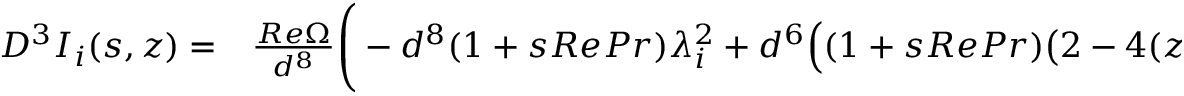
\begin{array} { r l } { D ^ { 3 } I _ { i } ( s , z ) = } & { { } \frac { R e \Omega } { d ^ { 8 } } \Bigg ( - d ^ { 8 } ( 1 + s R e P r ) \lambda _ { i } ^ { 2 } + d ^ { 6 } \Big ( ( 1 + s R e P r ) \big ( 2 - 4 ( z - z _ { d } ) \lambda _ { i } \big ) - 2 \lambda _ { i } ^ { 2 } \Big ) } \end{array}